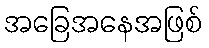
အခြေအနေအဖြစ်